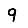
Digit: 9